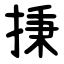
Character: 㨀